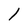
Character: 1